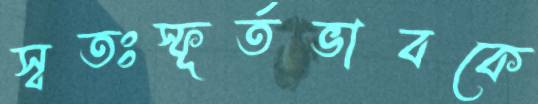
স্বতঃস্ফূর্তভাবকে